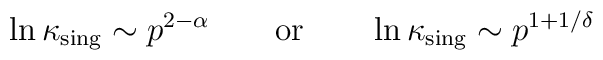
\ln \kappa_{\mbox{\scriptsize sing}}  \sim p^{2-\alpha}\qquad \mbox{or} \qquad\ln \kappa_{\mbox{\scriptsize sing}}  \sim p^{1+1/\delta}